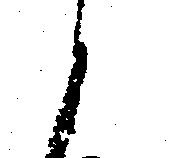
と